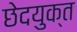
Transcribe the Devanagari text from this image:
छेदयुक्त